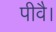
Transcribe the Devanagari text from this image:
पीवै।